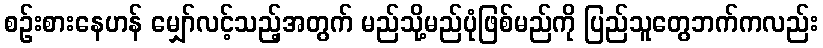
စဉ်းစားနေဟန် မျှော်လင့်သည့်အတွက် မည်သို့မည်ပုံဖြစ်မည်ကို ပြည်သူတွေဘက်ကလည်း